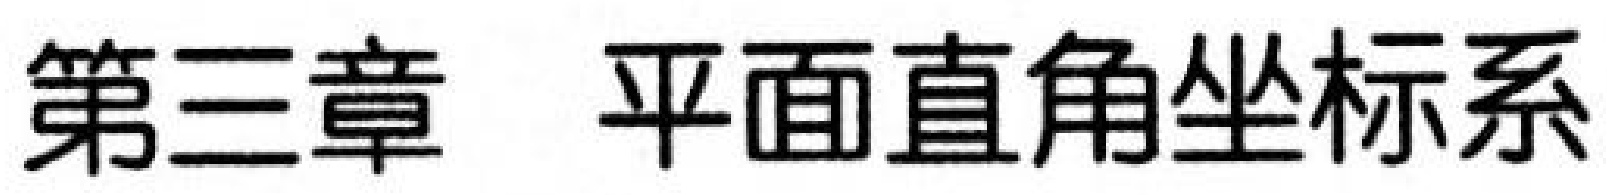
第三章  平面直角坐标系